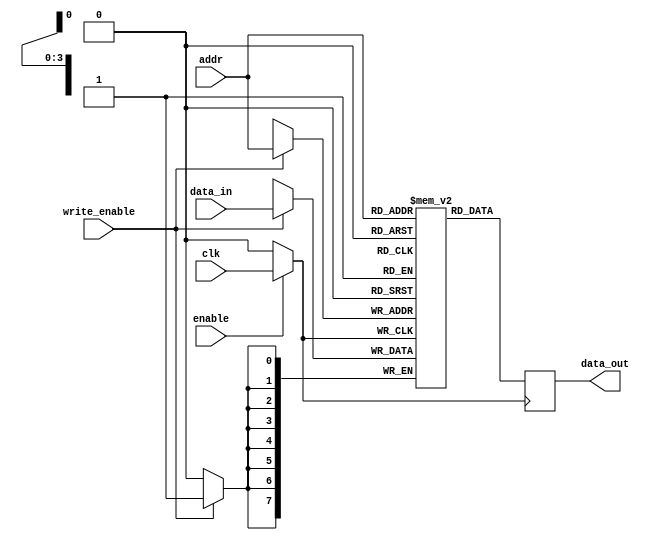
module clock_gating_memory(
    input wire clk,        // Main clock signal
    input wire enable,     // Enable signal for clock gating
    input wire [7:0] data_in, // Input data for memory write
    input wire [3:0] addr,       // Address for memory read/write
    input wire write_enable, // Write enable signal
    output reg [7:0] data_out // Output data for memory read
);
    // Memory array of 16 8-bit registers
    reg [7:0] memory_array [15:0];

    // Clock Gating Logic: Clock is passed to memory only when 'enable' is high
    wire gated_clk;
    assign gated_clk = enable ? clk : 1'b0; // Gated clock signal

    // Memory operations are on gated clock
    always @(posedge gated_clk) begin
        if (write_enable) begin
            memory_array[addr] <= data_in; // Write operation
        end
        // Read operation
        data_out <= memory_array[addr]; 
    end

endmodule